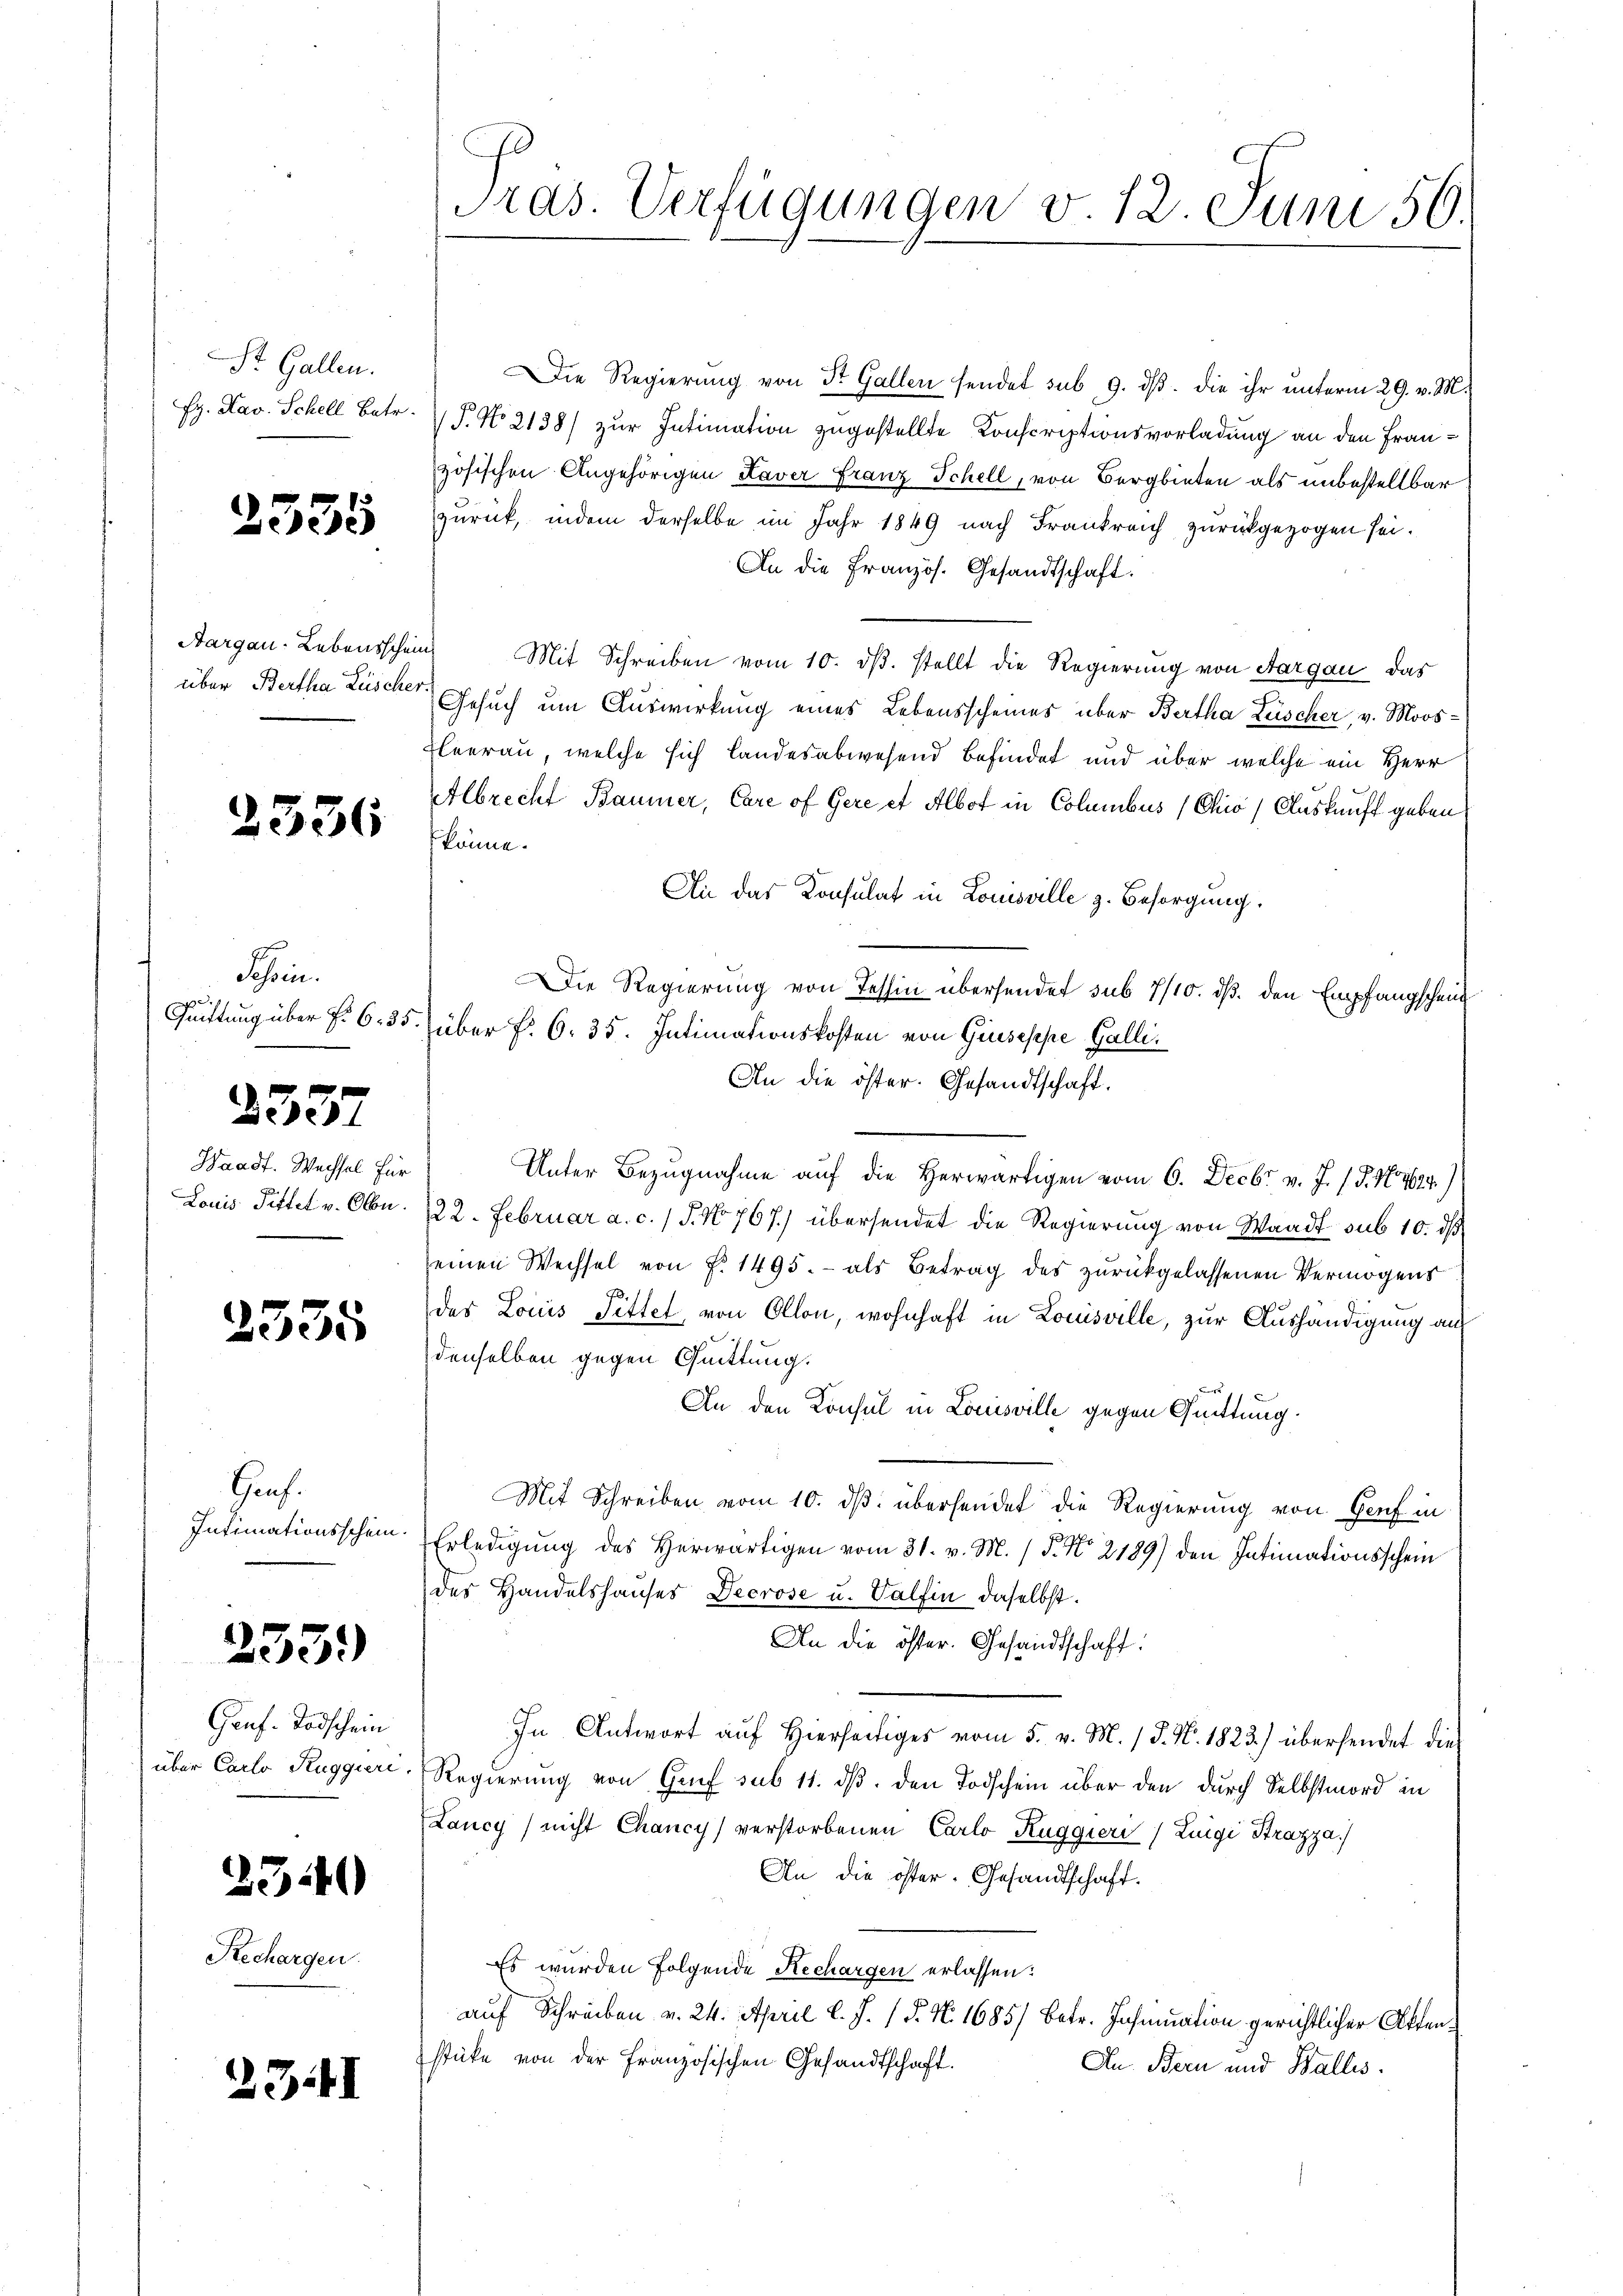
St. Gallen.
Eg. Sav. Schell Betr.

2335

Aargau-Lebensschein
über Bertha Lüscher

2536

Schein.

2357

Waadt. Wechsel für
Louis Pittel v. Obe

2335

Genf.
Intimationsschein

233.

Genf. Todschein
über Carlo Ruggieri,

2340

Rechargen.

2341

Tras. Verfügungen v. 12. Juni 50.

Die Regierung von St. Gallen sendet sub 9. dβ. die ihr unterm 29. v. M.
(P. No 2138) zur Intimation zugestellte Konscriptionsvorladung an den Französischen Angehörigen Laver Franz Schell, von Bergbieten als unbestellbar
zurück, indem derselbe im Jahr 1849 nach Frankreich zurückgezogen sei.
An die Französ. Gesandtschaft.
u Mit Schreiben vom 10. dβ. stellt die Regierung von Aargau das
Gesuch um Auswirkung eines Lebensscheines über Bertha Lüscher, v. Moos¬
Eleerau, welche sich landesabwesend befindet und über welche ein Herr
Albrecht Baumer, Care of Gere et Albot in Columbus (Chio) Auskauft geben
könne.
An das Konsulat in Lomsville z. Besorgung.
Die Regierung von Tessin übersendet sub 7/10. ds. den Empfangscheid
Quittung über f. 635. über §. 6. 35. Intimationskosten von Giuseppe Galli¬
An die öster. Gesandtschaft.
Unter Bezugnahme auf die Herwärtigen vom 6. Decbr v. J. (§. 154624)
/22. Februar a. c. / 5. No 767.) übersendet die Regierung von Waadt sub 10. ds
einen Wechsel von f. 1495. - als Betrag des zurückgelassenen Vermögens
das Louis Pittel, von Ollon, wohnhaft in Louisville, zur Aushändigung aus
denselben gegen Quittung.
An den Konsul in Louisville gegen Quittung.
Mit Schreiben vom 10. ds. übersendet die Regierung von Genf in
Erledigung des Herwärtigen vom 31. v. M. / 5. No 2189) den Intimationsschein
des Handelshauses Decrose u. Valfin daselbst.
An die öster. Gesandtschaft:
In Antwort auf Hierseitiges vom 5. v. M. / 5. No. 1823.) übersendet die
Regierung von Gruf sub 11. ds. den Todschein über den durch Selbstmord in
Lancy / nicht Chancy) verstorbenen Carlo Ruggieri (Luigi Strazza
An die öster-Gesandtschaft.
Es wurden Folgende Rechargen erlassen:
auf Schreiben v. 24. April l. J. P. N. 1685) Betr. Inhmuation gerichtlicher Aktenstücke von der Französischen Gesandtschaft.
An. Bern und Wallis.